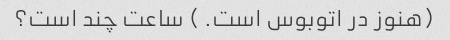
(هنوز در اتوبوس است. ) ساعت چند است؟